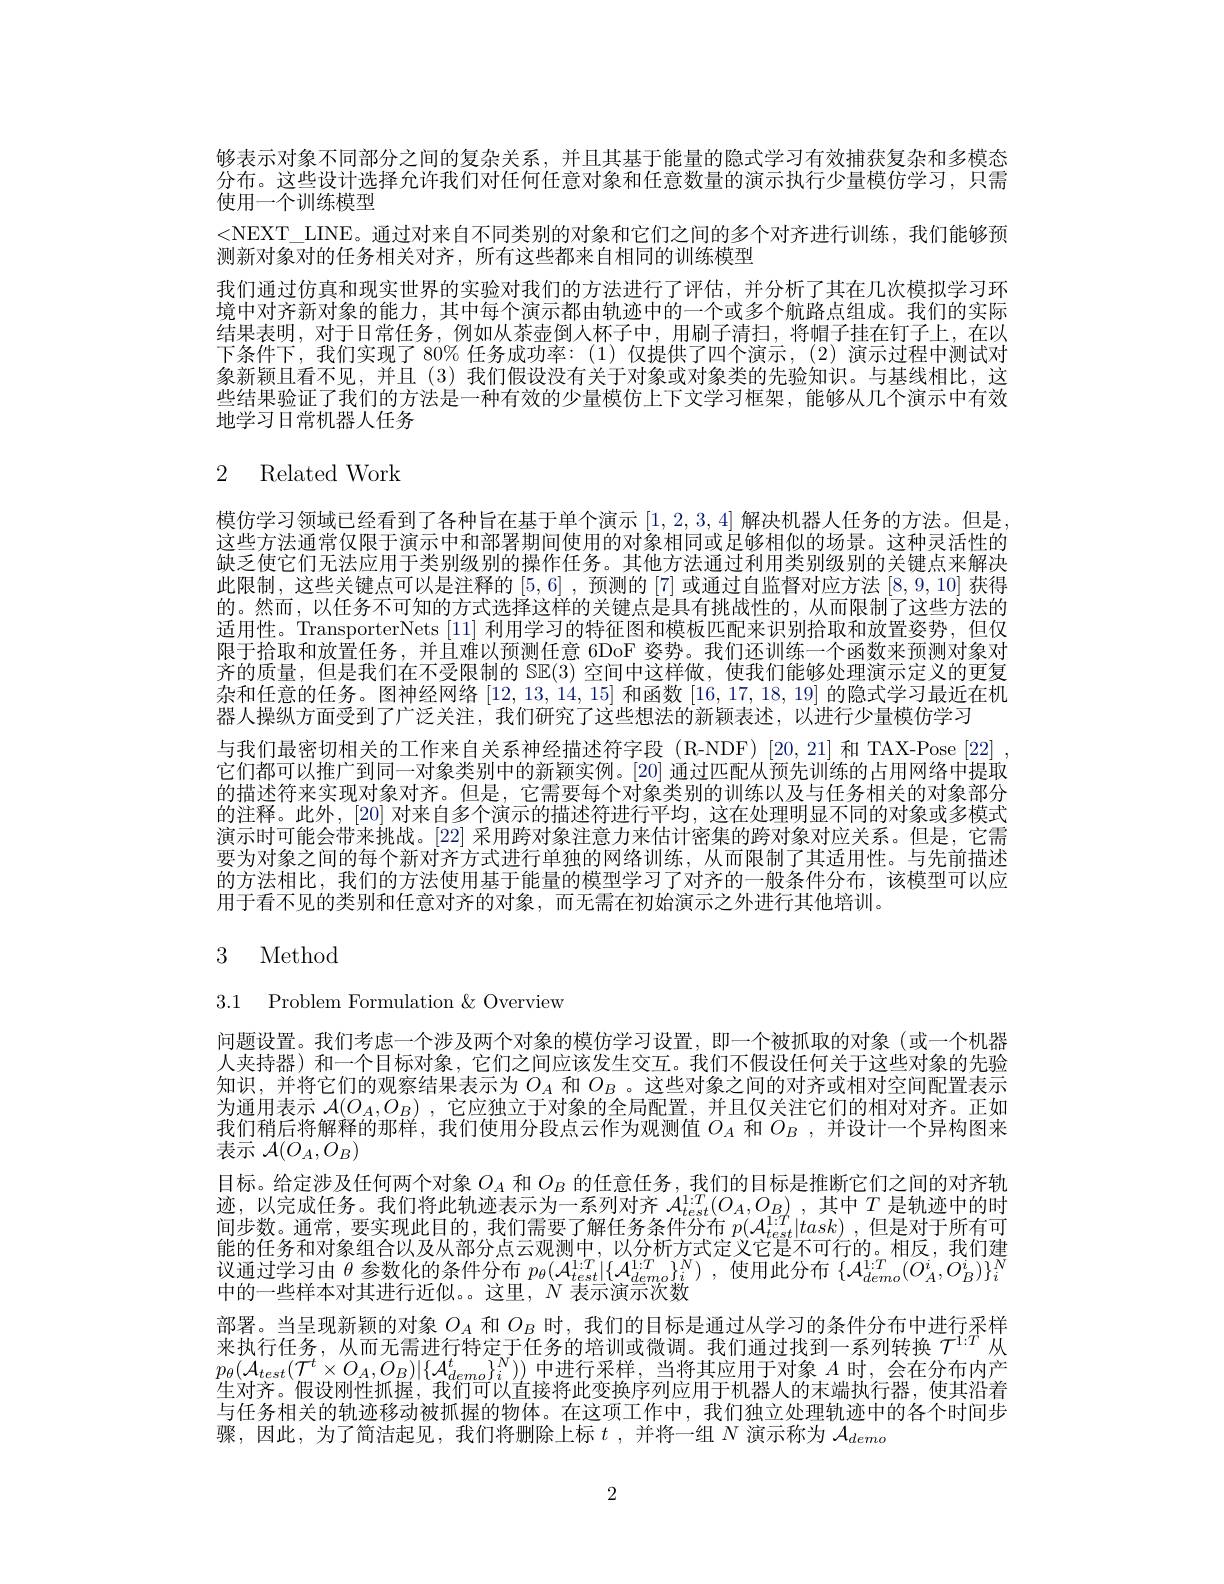
够表示对象不同部分之间的复杂关系，并且其基于能量的隐式学习有效捕获复杂和多模态分布。这些设计选择允许我们对任何任意对象和任意数量的演示执行少量模仿学习，只需使用一个训练模型
<NEXT\_LINE。通过对来自不同类别的对象和它们之间的多个对齐进行训练，我们能够预
测新对象对的任务相关对齐，所有这些都来自相同的训练模型
我们通过仿真和现实世界的实验对我们的方法进行了评估，并分析了其在几次模拟学习环境中对齐新对象的能力，其中每个演示都由轨迹中的一个或多个航路点组成。我们的实际结果表明，对于日常任务，例如从茶壶倒人杯子中，用刷子清扫，将帽子挂在钉子上，在以下条件下，我们实现了 80% 任务成功率：(1)仅提供了四个演示，(2) 演示过程中测试对象新颖且看不见，并且(3)我们假设没有关于对象或对象类的先验知识。与基线相比，这些结果验证了我们的方法是一种有效的少量模仿上下文学习框架，能够从几个演示中有效地学习日常机器人任务

## 2 Related Work

模仿学习领域已经看到了各种旨在基于单个演示[1,2,3,4]解决机器人任务的方法。但是， 这些方法通常仅限于演示中和部署期间使用的对象相同或足够相似的场景。这种灵活性的缺乏使它们无法应用于类别级别的操作任务。其他方法通过利用类别级别的关键点来解决此限制，这些关键点可以是注释的[5,6] ,预测的 [7] 或通过自监督对应方法 [8,9,10] 获得的。然而，以任务不可知的方式选择这样的关键点是具有挑战性的，从而限制了这些方法的适用性。TransporterNets [11]利用学习的特征图和模板匹配来识别拾取和放置姿势，但仅限于拾取和放置任务，并且难以预测任意 6DoF 姿势。我们还训练一个函数来预测对象对齐的质量，但是我们在不受限制的 SE(3) 空间中这样做，使我们能够处理演示定义的更复杂和任意的任务。图神经网络[12,13,14,15]和函数[16,17,18,19]的隐式学习最近在机器人操纵方面受到了广泛关注，我们研究了这些想法的新颖表述，以进行少量模仿学习
与我们最密切相关的工作来自关系神经描述符字段 (R-NDF)[20,21] 和 TAX-Pose [22] , 它们都可以推广到同一对象类别中的新颖实例。[20] 通过匹配从预先训练的占用网络中提取的描述符来实现对象对齐。但是，它需要每个对象类别的训练以及与任务相关的对象部分的注释。此外，[20] 对来自多个演示的描述符进行平均，这在处理明显不同的对象或多模式演示时可能会带来挑战。[22] 采用跨对象注意力来估计密集的跨对象对应关系。但是，它需要为对象之间的每个新对齐方式进行单独的网络训练，从而限制了其适用性。与先前描述的方法相比，我们的方法使用基于能量的模型学习了对齐的一般条件分布，该模型可以应用于看不见的类别和任意对齐的对象，而无需在初始演示之外进行其他培训。

# 3 Method

3.1 Problem Formulation &Overview

问题设置。我们考虑一个涉及两个对象的模仿学习设置，即一个被抓取的对象(或一个机器人夹持器)和一个目标对象，它们之间应该发生交互。我们不假设任何关于这些对象的先验知识，并将它们的观察结果表示为$O_A$和$O_B$ 。这些对象之间的对齐或相对空间配置表示为通用表示$\mathcal{A}(O_A,O_B)$ ,它应独立于对象的全局配置，并且仅关注它们的相对对齐。正如我们稍后将解释的那样，我们使用分段点云作为观测值$O_A$和$O_B$ ,并设计一个异构图来表示$\mathcal{A}(O_{A},O_{B})$
目标。给定涉及任何两个对象$O_A$和$O_B$的任意任务 , 我们的目标是推断它们之间的对齐轨迹，以完成任务。我们将此轨迹表示为一系列对齐$\mathcal{A} _{test}^{1: T}( O_{A}, O_{B})$ ,其中$T$是轨迹中的时间步数。通常，要实现此目的，我们需要了解任务条件分布 $p(\mathcal{A}_{test}^{1:T}|task)$,但是对于所有可能的在多种的$(x_{0}^{1:T})$ 议通过学习由$\theta$参数化的条件分布$p_\theta(\mathcal{A}_{test}^{1:T}|\{\mathcal{A}_{demo}^{1:T}\}_i^N)$ ,使用此分布$\{\mathcal{A}_demo(O_A^i,O_B^i)\}_i^N$ 中的一些样本对其进行近似。。这里，$N$表示演示次数
部署。当呈现新颖的对象$O_A$和$O_B$时，我们的目标是通过从学习的条件分布中进行采样
$\overline{\tau}^{\mathrm{i}:T}$
$p_{\theta}(\mathcal{A}_{test}(\mathcal{T}^t\times O_A,O_B)|\{\mathcal{A}_{demo}^t\}_i^N))$中进行采样，当将其应用于对象$A$时，会在分布内产生对齐。假设刚性抓握，我们可以直接将此变换序列应用于机器人的末端执行器，使其沿着与任务相关的轨迹移动被抓握的物体。在这项工作中，我们独立处理轨迹中的各个时间步骤，因此，为了简洁起见，我们将删除上标$t$ ,并将一组$N$演示称为$\mathcal{A}_demo$

2